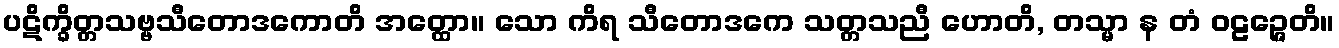
ပဋိက္ခိတ္တသဗ္ဗသီတောဒကောတိ အတ္ထော။ သော ကိရ သီတောဒကေ သတ္တသညီ ဟောတိ, တသ္မာ န တံ ဝဠဉ္ဇေတိ။